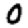
Digit: 0